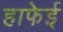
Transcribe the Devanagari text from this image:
हाफेई